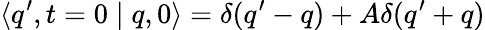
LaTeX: \langle q^{\prime},t=0\mid q,0\rangle=\delta(q^{\prime}-q)+A\delta(q^{\prime}+q)